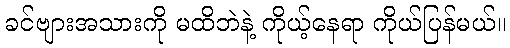
ခင်ဗျားအသားကို မထိဘဲနဲ့ ကိုယ့်နေရာ ကိုယ်ပြန်မယ်။